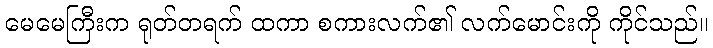
မေမေကြီးက ရုတ်တရက် ထကာ စကားလက်၏ လက်မောင်းကို ကိုင်သည်။